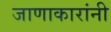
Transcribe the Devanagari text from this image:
जाणाकारांनी